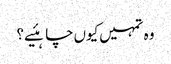
وہ تمہیں‌کیوں‌چاہئیے؟